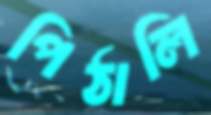
পিঠালি